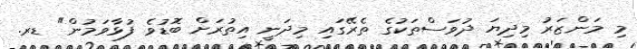
މި މަންޒަރު މިދިޔަ ދުވަސްތަކުގެ ތެރޭގައި މިދަނީ އިތުރަށް ބޮޑުވެ ފުޅާވަމުން" ޑރ.